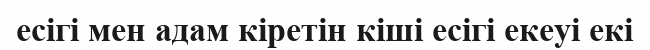
есігі мен адам кіретін кіші есігі екеуі екі